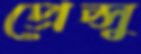
প্রেপ্সু